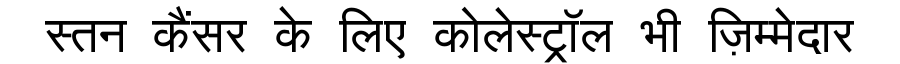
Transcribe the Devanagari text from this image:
स्तन कैंसर के लिए कोलेस्ट्रॉल भी ज़िम्मेदार